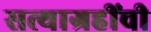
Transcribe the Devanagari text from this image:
सत्याग्रहींची